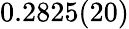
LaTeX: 0.2825(20)